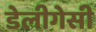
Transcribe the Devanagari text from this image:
डेलीगेसी